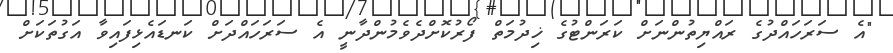
"އެ ސަރަހައްދުގެ ރައްޔިތުންނަށް ކަރަންޓުގެ ޚިދުމަތް ފޯރުކޮށްދެވެމުންދާނީ އެ ސަރަހައްދަށް ކަނޑައެޅިފައިވާ އަގުތަކަށް